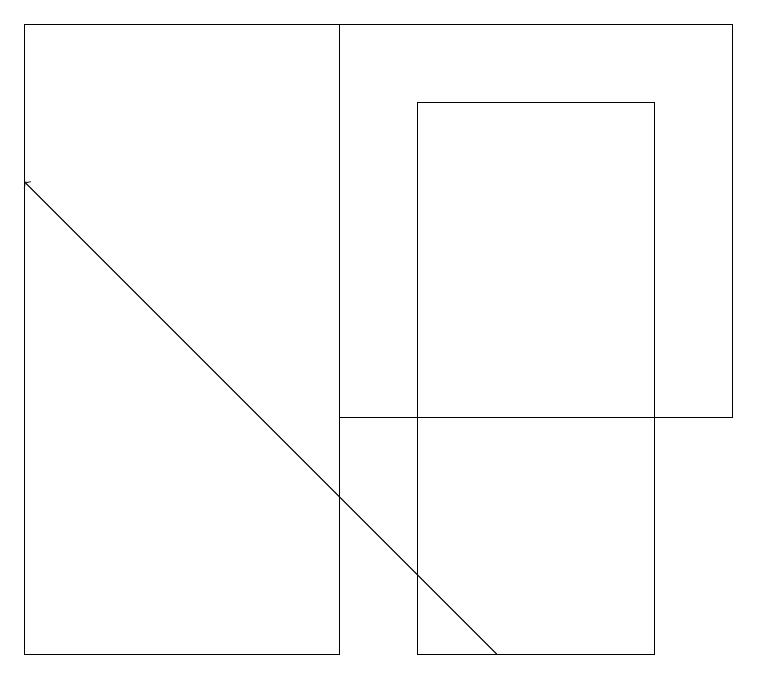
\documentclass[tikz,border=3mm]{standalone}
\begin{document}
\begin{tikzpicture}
\draw (4,18) rectangle (9,13);
\draw (5,17) rectangle (8,10);
\draw (4,10) rectangle (0,18);
\draw[->] (6,10) -- (0,16);
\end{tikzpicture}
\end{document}